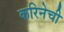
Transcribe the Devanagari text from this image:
करिनेची